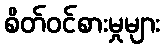
စိတ်ဝင်စားမှုများ